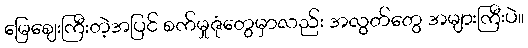
မြေဈေးကြီးတဲ့အပြင် စက်မှုဇုံတွေမှာလည်း အလွတ်တွေ အများကြီးပဲ။